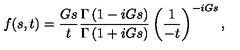
f ( s , t ) = \frac { G s } { t } \frac { \Gamma \left( 1 - i G s \right) } { \Gamma \left( 1 + i G s \right) } \left( \frac { 1 } { - t } \right) ^ { - i G s } ,